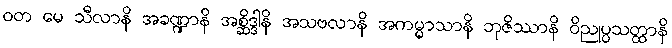
ဝတ မေ သီလာနိ အခဏ္ဍာနိ အစ္ဆိဒ္ဒါနိ အသဗလာနိ အကမ္မာသာနိ ဘုဇိဿာနိ ဝိညုပ္ပသတ္ထာနိ